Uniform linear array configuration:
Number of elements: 48
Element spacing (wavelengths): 0.5
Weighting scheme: hann
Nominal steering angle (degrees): -45
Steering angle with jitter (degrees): -46.37
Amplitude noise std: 0.05
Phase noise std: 0.05

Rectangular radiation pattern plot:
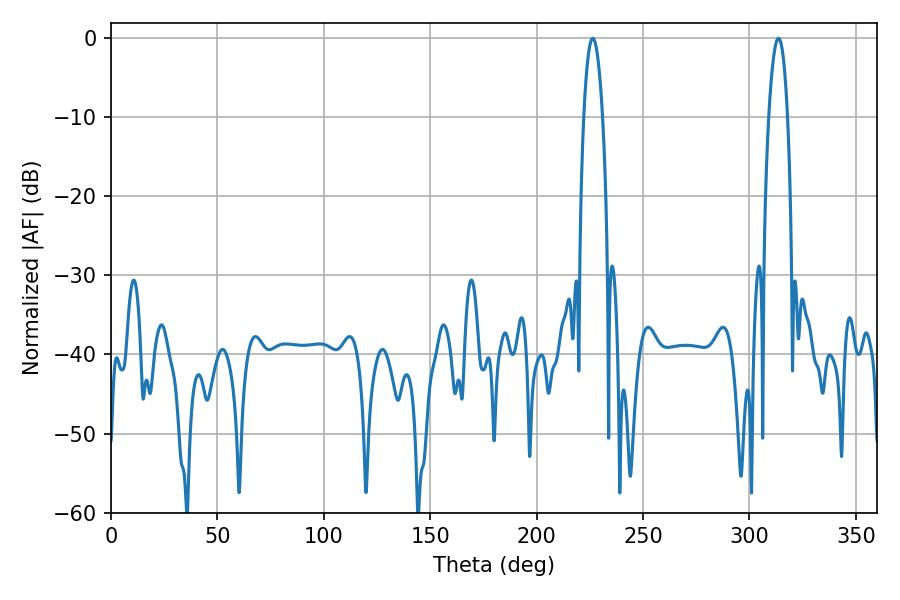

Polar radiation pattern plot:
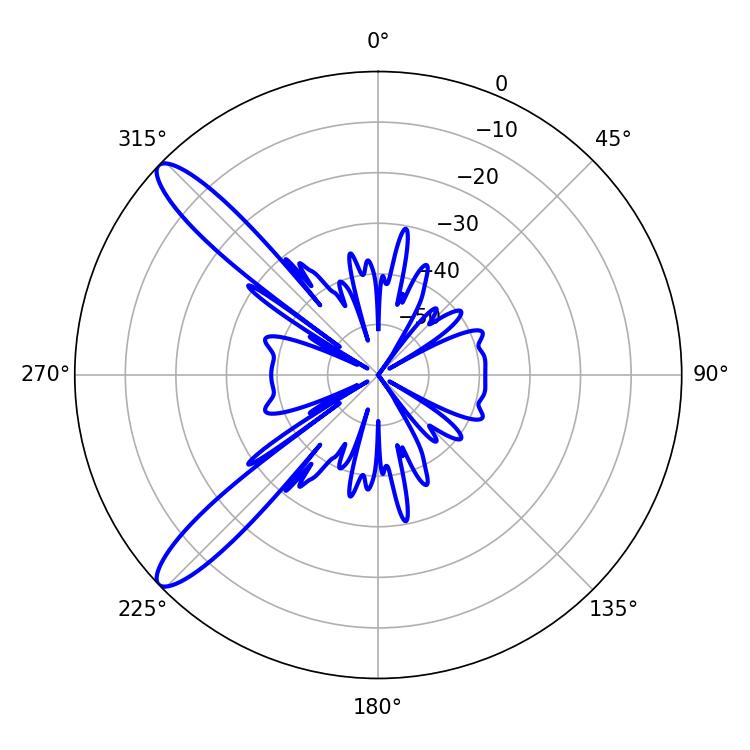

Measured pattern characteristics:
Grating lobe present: FALSE
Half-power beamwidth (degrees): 5.04
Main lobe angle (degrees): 313.56